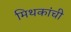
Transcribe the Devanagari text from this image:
मिथकांची